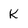
Character: k